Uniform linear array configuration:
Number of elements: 8
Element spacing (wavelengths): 0.25
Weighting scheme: hamming
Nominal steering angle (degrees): -15
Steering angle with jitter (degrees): -16.637
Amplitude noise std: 0.05
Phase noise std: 0.05

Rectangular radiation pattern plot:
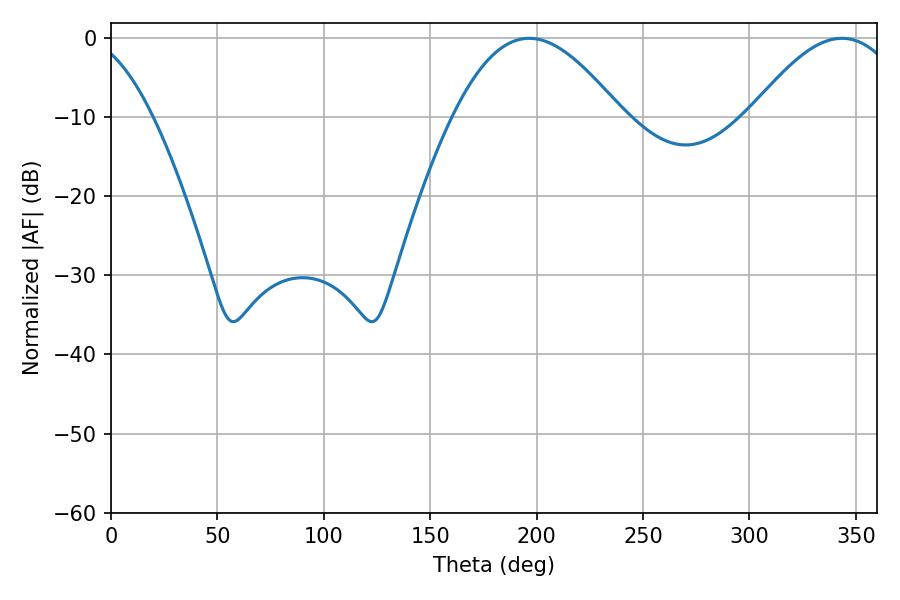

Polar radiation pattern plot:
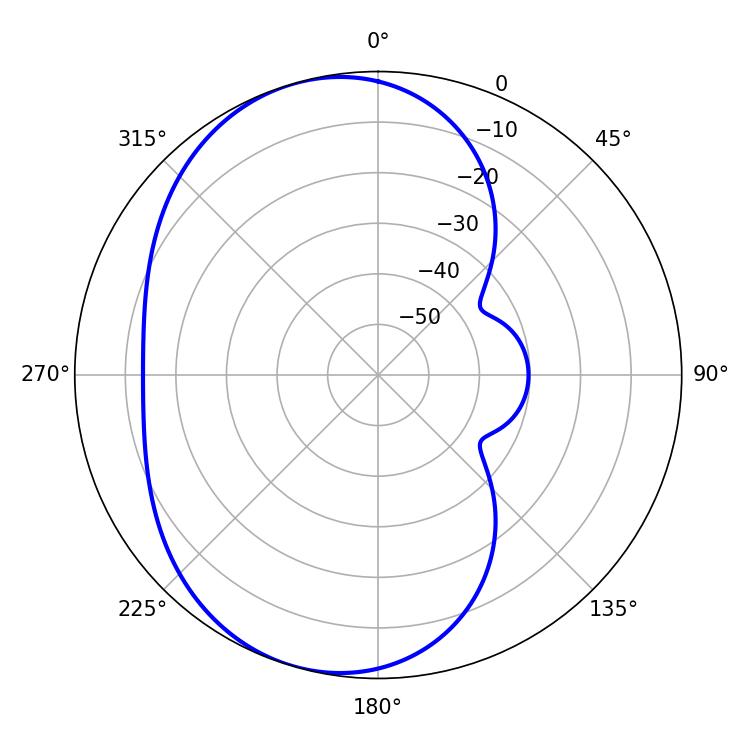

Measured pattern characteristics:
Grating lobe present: FALSE
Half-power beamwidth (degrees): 43.02
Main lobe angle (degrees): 196.56